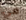
في